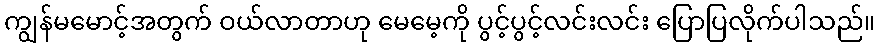
ကျွန်မမောင့်အတွက် ဝယ်လာတာဟု မေမေ့ကို ပွင့်ပွင့်လင်းလင်း ပြောပြလိုက်ပါသည်။